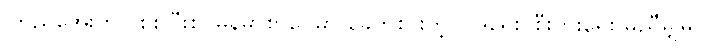
ကြည်အေးဟာ စစ်ပြီးစ မြန်မာစာပေမှာ ခေတ်စားတဲ့ ဝါဒရေး၊ စီးပွားရေး မညီမျှမှု၊